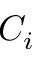
C _ { i }